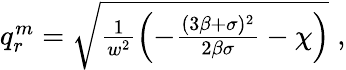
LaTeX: \begin{array}{r}{q_{r}^{m}=\sqrt{\frac{1}{w^{2}}\left(-\frac{(3\beta+\sigma)^{2}}{2\beta\sigma}-\chi\right)}\; ,}\end{array}